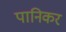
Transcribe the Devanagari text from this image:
पानिकर